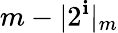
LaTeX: m-\vert2^{\mathbf{i}}\vert_{m}